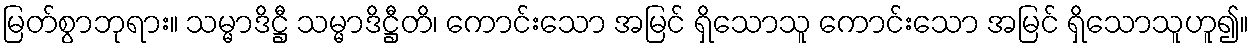
မြတ်စွာဘုရား။ သမ္မာဒိဋ္ဌီ သမ္မာဒိဋ္ဌီတိ၊ ကောင်းသော အမြင် ရှိသောသူ ကောင်းသော အမြင် ရှိသောသူဟူ၍။